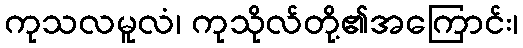
ကုသလမူလံ၊ ကုသိုလ်တို့၏အကြောင်း၊